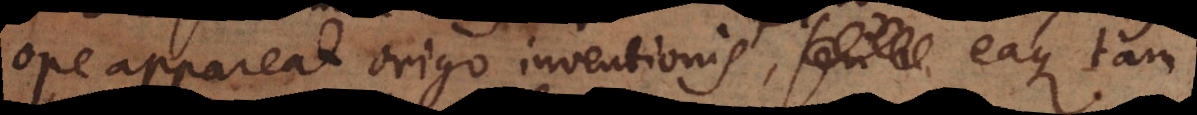
ope appareat origo inventionis, _ eaque tam